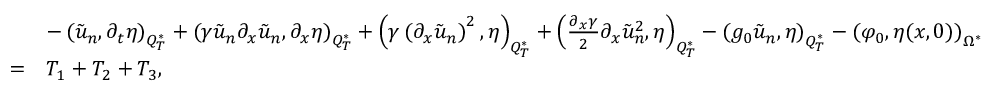
\begin{array} { r l } & { - \left( \tilde { u } _ { n } , \partial _ { t } \eta \right) _ { Q _ { T } ^ { * } } + \left( \gamma \tilde { u } _ { n } \partial _ { x } \tilde { u } _ { n } , \partial _ { x } \eta \right) _ { Q _ { T } ^ { * } } + \left( \gamma \left( \partial _ { x } \tilde { u } _ { n } \right) ^ { 2 } , \eta \right) _ { Q _ { T } ^ { * } } + \left( \frac { \partial _ { x } \gamma } { 2 } \partial _ { x } \tilde { u } _ { n } ^ { 2 } , \eta \right) _ { Q _ { T } ^ { * } } - \left( g _ { 0 } \tilde { u } _ { n } , \eta \right) _ { Q _ { T } ^ { * } } - \left( \varphi _ { 0 } , \eta ( x , 0 ) \right) _ { \Omega ^ { * } } } \\ { = } & { T _ { 1 } + T _ { 2 } + T _ { 3 } , } \end{array}